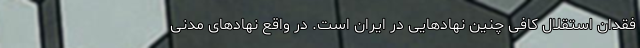
فقدان استقلال کافی چنین نهادهایی در ایران است. در واقع نهادهای مدنی